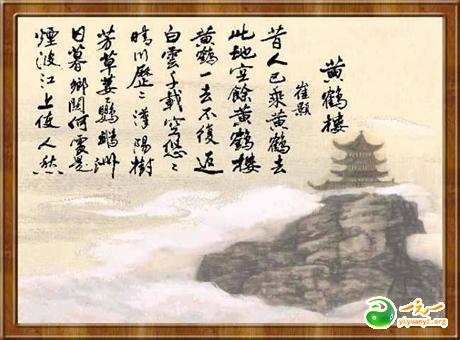
昔人已乘黄鹤去，此地空余黄鹤楼。